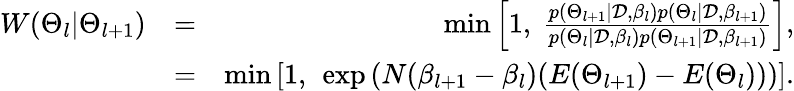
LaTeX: \begin{array}{rlr}{W(\Theta_{l}|\Theta_{l+1})}&{=}&{\mathrm{min}\left[1,\ \frac{p(\Theta_{l+1}|\mathcal{D},\beta_{l})p(\Theta_{l}|\mathcal{D},\beta_{l+1})}{p(\Theta_{l}|\mathcal{D},\beta_{l})p(\Theta_{l+1}|\mathcal{D},\beta_{l+1})}\right],}\\ &{=}&{\mathrm{min}\left[1,\ \exp\left(N(\beta_{l+1}-\beta_{l})(E(\Theta_{l+1})-E(\Theta_{l}))\right)\right].}\end{array}